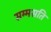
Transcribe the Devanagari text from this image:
सम्मसति